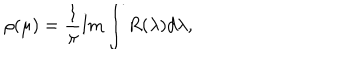
\rho ( \mu ) = \frac { 1 } { \pi } \mathrm { I m } \int R ( \lambda ) d \lambda ,